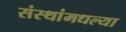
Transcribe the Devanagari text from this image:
संस्थांमधल्या